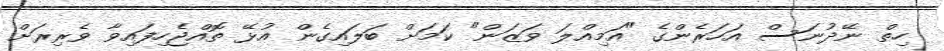
ހިތް ނޭދުނަސް އަހަރެންގެ "އަމިއްލަ ވަޒަން" ކަމަށް ބަލައިގެން އުޅޭ ތޮއްޖެހިފައިވާ ވެރިރަށް